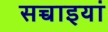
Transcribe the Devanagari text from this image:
सच्चाइयां